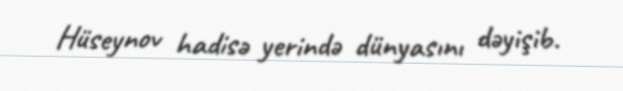
Hüseynov hadisə yerində dünyasını dəyişib.